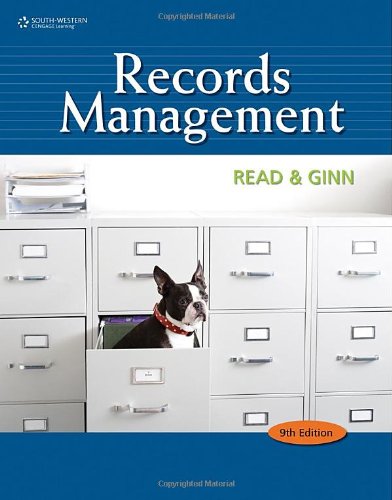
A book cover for Records Management (Advanced Office Systems & Procedures); Judith Read; Business & Money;